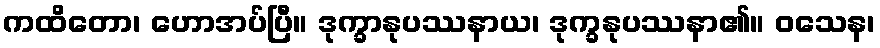
ကထိတော၊ ဟောအပ်ပြီ။ ဒုက္ခာနုပဿနာယ၊ ဒုက္ခနုပဿနာ၏။ ဝသေန၊